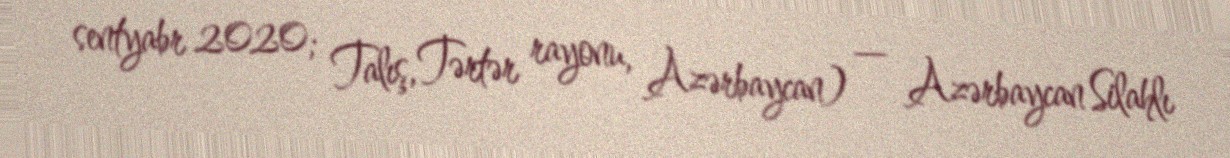
sentyabr 2020; Talış, Tərtər rayonu, Azərbaycan) — Azərbaycan Silahlı